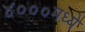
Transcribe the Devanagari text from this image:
४०००मध्ये